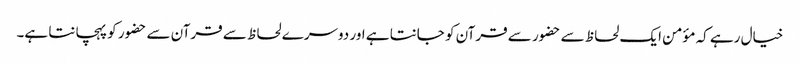
خیال رہے کہ مؤمن ایک لحاظ سے حضور سے قرآن کو جانتا ہے اور دوسرے لحاظ سے قرآن سے حضور کو پہچانتا ہے۔